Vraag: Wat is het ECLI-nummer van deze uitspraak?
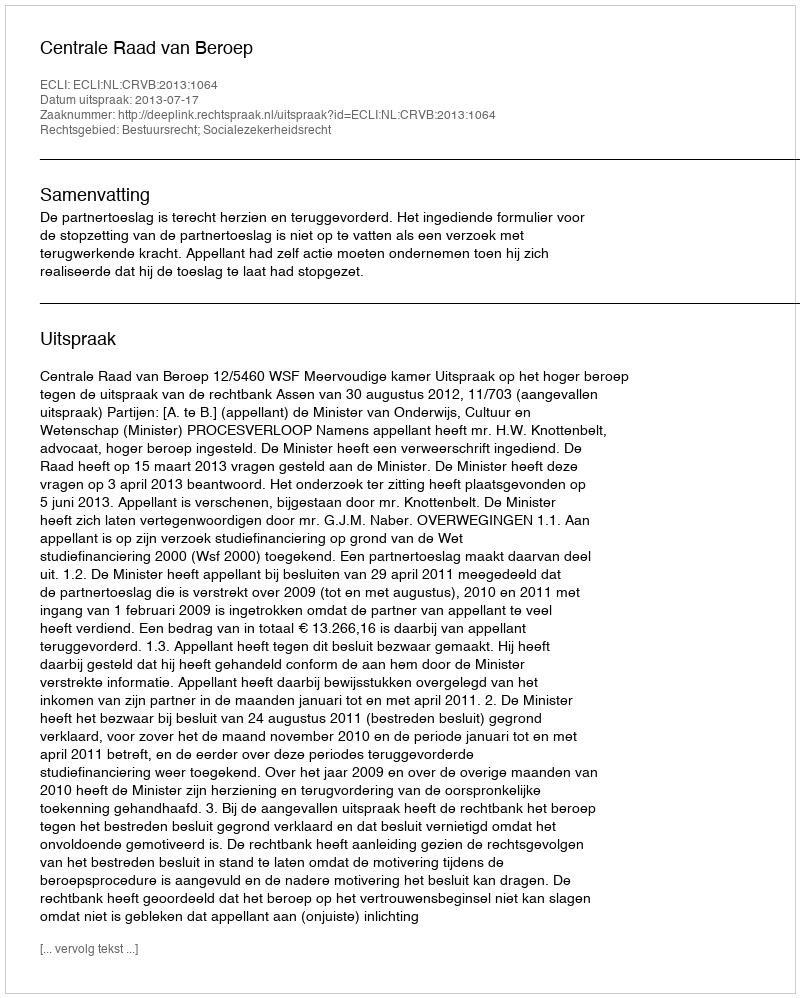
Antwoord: ECLI:NL:CRVB:2013:1064